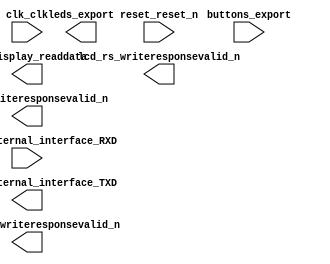

module arqt (
	buttons_export,
	clk_clk,
	lcd_display_readdata,
	lcd_enable_writeresponsevalid_n,
	lcd_rs_writeresponsevalid_n,
	lcd_rw_writeresponsevalid_n,
	leds_export,
	reset_reset_n,
	rs232_0_external_interface_RXD,
	rs232_0_external_interface_TXD);	

	input	[3:0]	buttons_export;
	input		clk_clk;
	output	[7:0]	lcd_display_readdata;
	output		lcd_enable_writeresponsevalid_n;
	output		lcd_rs_writeresponsevalid_n;
	output		lcd_rw_writeresponsevalid_n;
	output	[3:0]	leds_export;
	input		reset_reset_n;
	input		rs232_0_external_interface_RXD;
	output		rs232_0_external_interface_TXD;
endmodule